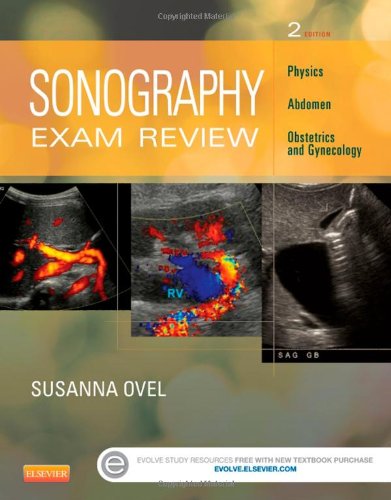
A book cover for Sonography Exam Review: Physics, Abdomen, Obstetrics and Gynecology, 2e; Susanna Ovel RDMS  RVT  RT(R); Medical Books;